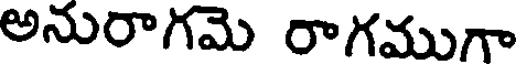
అనురాగమె రాగముగా